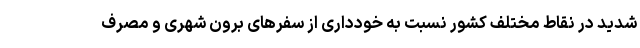
شدید در نقاط مختلف کشور نسبت به خودداری از سفرهای برون شهری و مصرف